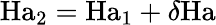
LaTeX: \mathrm{Ha}_{2}=\mathrm{Ha}_{1}+\delta\mathrm{Ha}